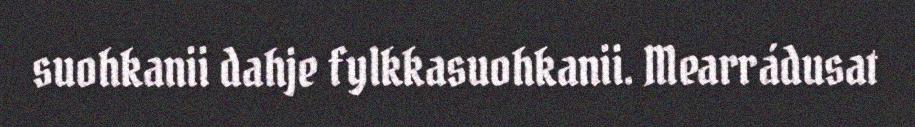
suohkanii dahje fylkkasuohkanii. Mearrádusat